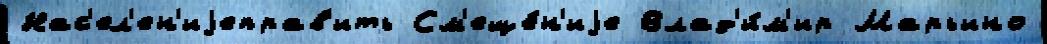
Нас'ел'ен'иjеправ'ить См'еще́н'иjе Влад'и́м'ир Марьино